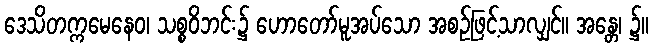
ဒေသိတက္ကမေနေဝ၊ သစ္စဝိဘင်း၌ ဟောတော်မူအပ်သော အစဉ်ဖြင့်သာလျှင်။ အန္တေ၊ ၌။